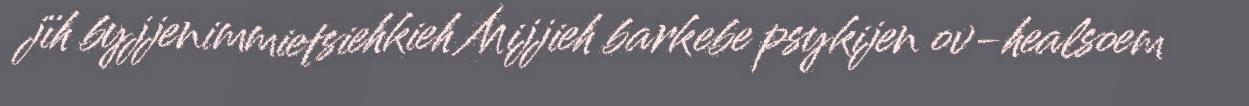
jïh byjjenimmietsiehkieh Mijjieh barkebe psykijen ov-healsoem